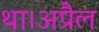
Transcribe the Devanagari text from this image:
था।अप्रैल